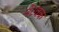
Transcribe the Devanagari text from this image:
नेटवक